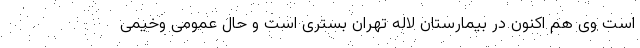
است وی هم اکنون در بیمارستان لاله تهران بستری است و حال عمومی وخیمی